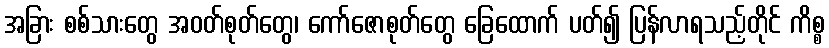
အခြား စစ်သားတွေ အဝတ်စုတ်တွေ၊ ကော်ဇောစုတ်တွေ ခြေထောက် ပတ်၍ ပြန်လာရသည့်တိုင် ကိစ္စ